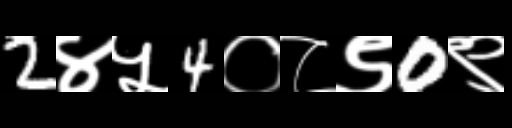
Text: 2४५4०८९0९